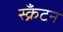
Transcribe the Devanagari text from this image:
स्क्रॅंटन